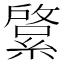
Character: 𦄊